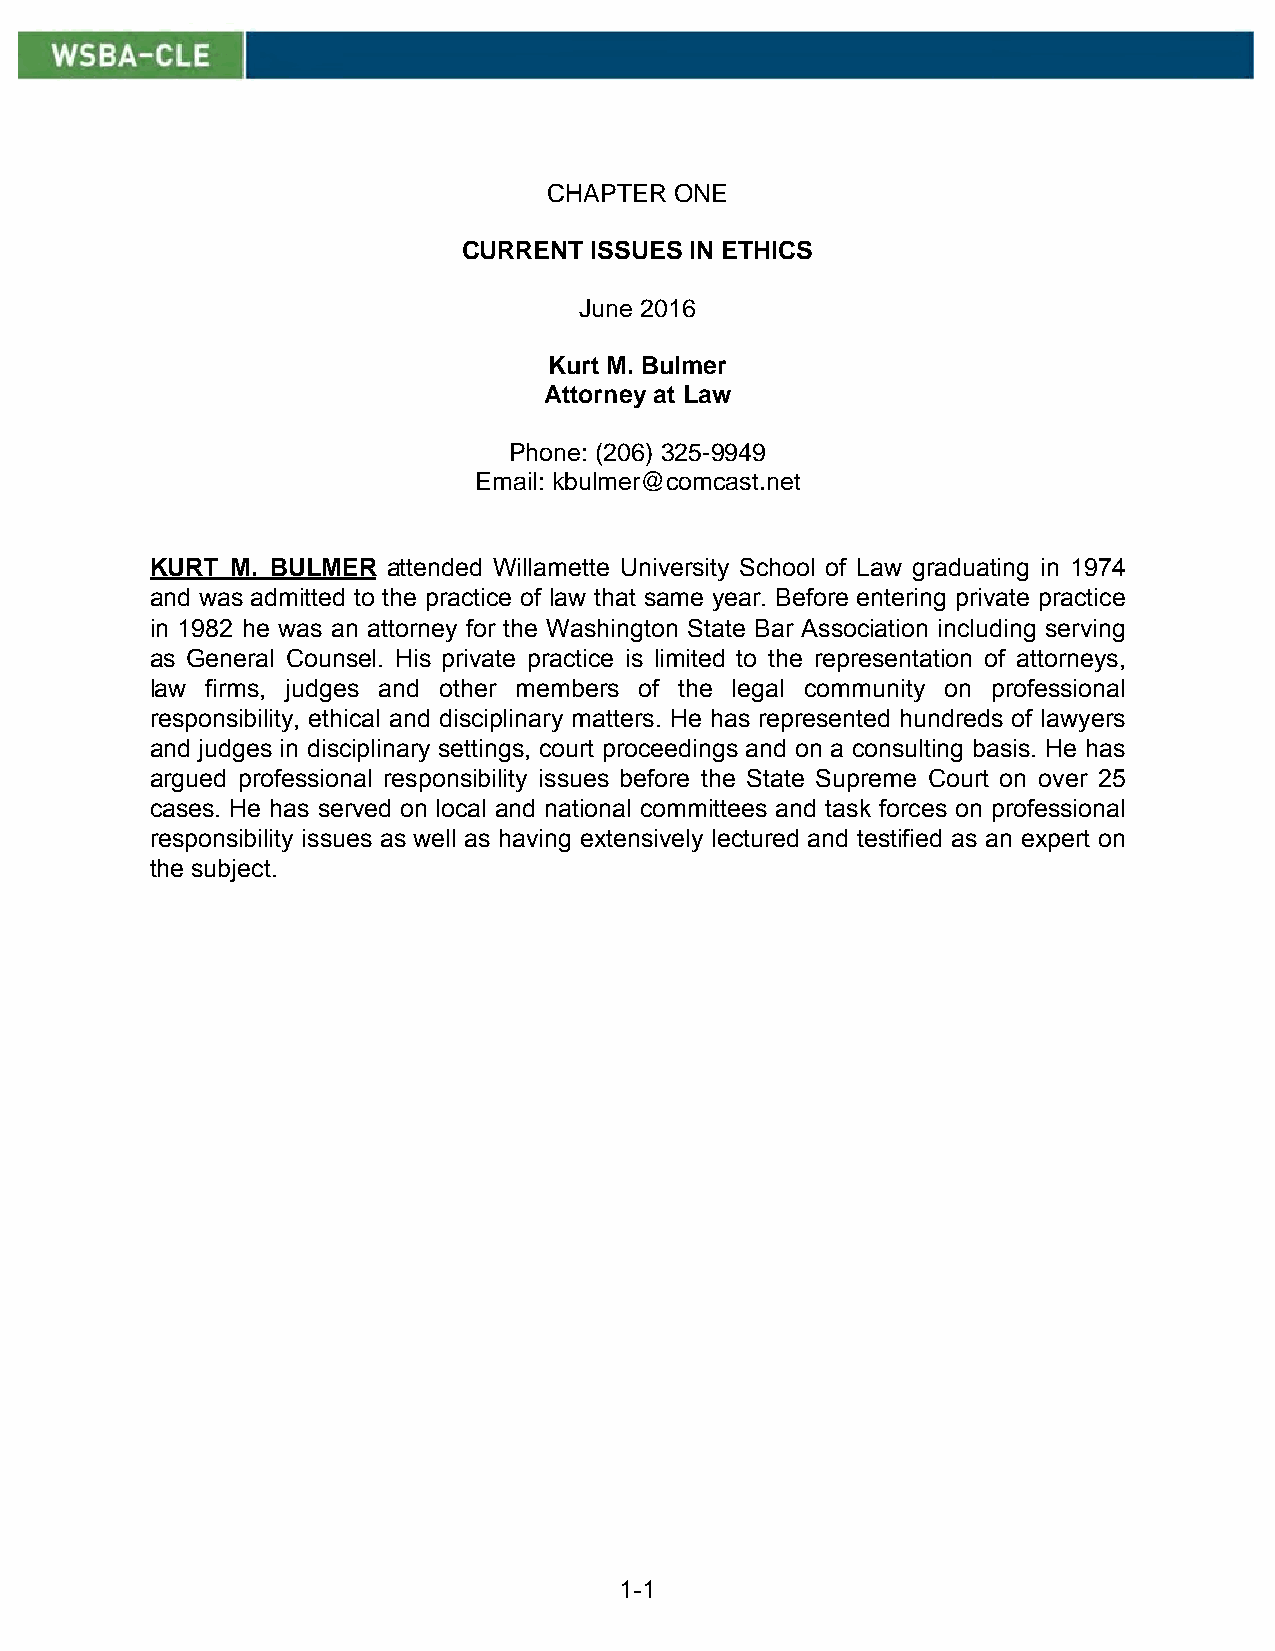
CHAPTER  ONE
 CURRENT ISSUES IN ETHICS
 June 2016
 Kurt M. Bulmer
 Attorney at Law
 Phone: (206) 325-9949
 Email: kbulmer@comcast.net
 KURT M. BULMER  attended Willamette University School of Law graduating in 1974
 and was admitted to the practice of law that same year. Before entering private practice
 in 1982 he was an attorney for the Washington State Bar Association including serving
 as General Counsel. His private practice is limited to the representation of attorneys,
 law firms, judges and other members of the legal community on professional
 responsibility, ethical and disciplinary matters. He has represented hundreds of lawyers
 and judges in disciplinary settings, court proceedings and on a consulting basis. He has
 argued professional responsibility issues before the State Supreme Court on over 25
 cases. He has served on local and national committees and task forces on professional
 responsibility issues as well as having extensively lectured and testified as an expert on
 the subject.
 1-1